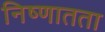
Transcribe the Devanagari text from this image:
निष्णातता